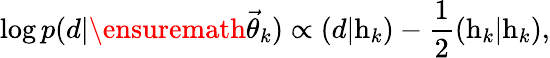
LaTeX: \log p(d|\ensuremath{\vec{\theta}}_{k})\propto\left(d|\mathrm{h}_{k}\right)-\frac{1}{2}\left(\mathrm{h}_{k}|\mathrm{h}_{k}\right),